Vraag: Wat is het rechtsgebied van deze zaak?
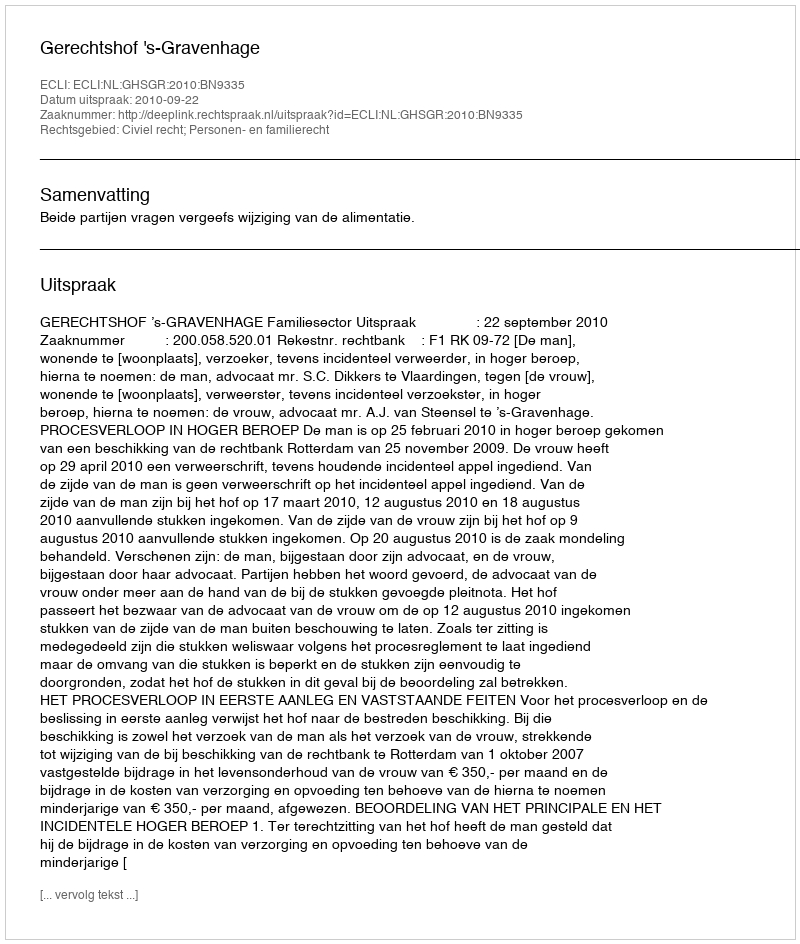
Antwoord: Civiel recht; Personen- en familierecht